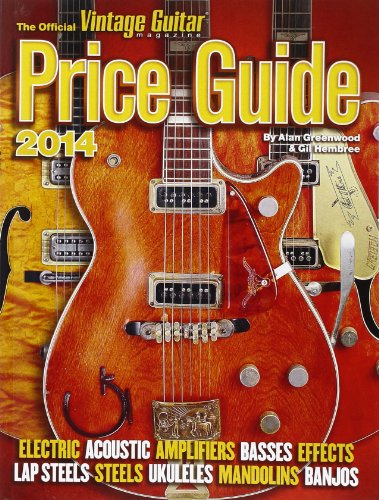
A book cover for The Official Vintage Guitar Price Guide 2014 (Official Vintage Guitar Magazine Price Guide); Alan Greenwood; Crafts, Hobbies & Home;